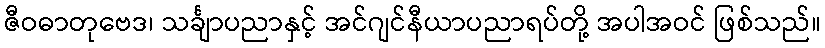
ဇီဝဓာတုဗေဒ၊ သင်္ချာပညာနှင့် အင်ဂျင်နီယာပညာရပ်တို့ အပါအဝင် ဖြစ်သည်။